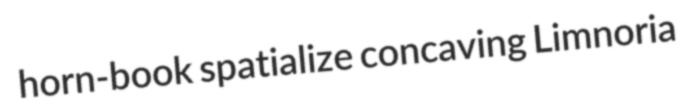
horn-book spatialize concaving Limnoria